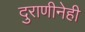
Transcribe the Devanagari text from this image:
दुराणीनेही